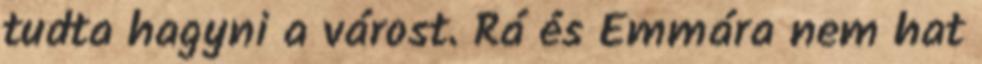
tudta hagyni a várost. Rá és Emmára nem hat